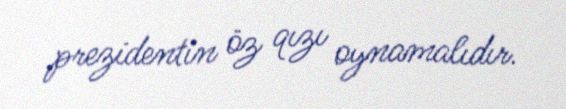
prezidentin öz qızı oynamalıdır.